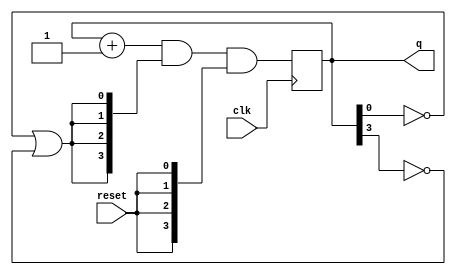
module counter
	(
	input clk,
	input reset,
	output reg [3:0]q
	);

always @(posedge clk)
begin
	q <= (q+1)&({4{~q[0]|~q[3]}})&({4{reset}});
end

endmodule